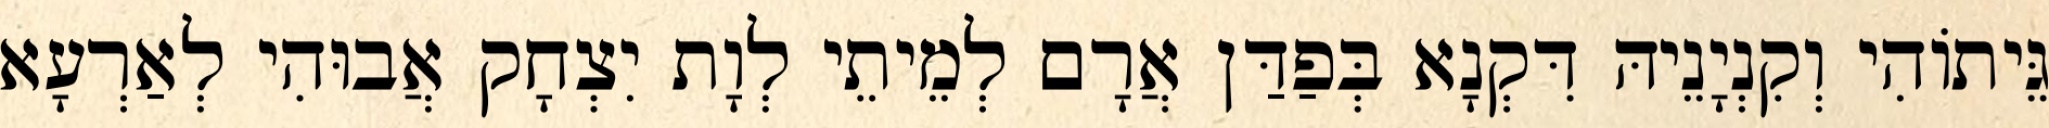
גֵּיתוֹהִי וְקִנְיָנֵיהּ דִּקְנָא בְּפַדַּן אֲרָם לְמֵיתֵי לְוָת יִצְחָק אֲבוּהִי לְאַרְעָא